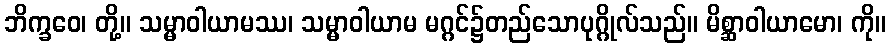
ဘိက္ခဝေ၊ တို့။ သမ္မာဝါယာမဿ၊ သမ္မာဝါယာမ မဂ္ဂင်၌တည်သောပုဂ္ဂိုလ်သည်။ မိစ္ဆာဝါယာမော၊ ကို။